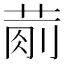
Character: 𱽴